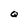
Character: Q